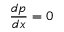
{ \frac { d p } { d x } } = 0